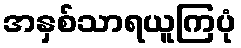
အနှစ်သာရယူကြပုံ